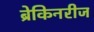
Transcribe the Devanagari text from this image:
ब्रेकिनरीज